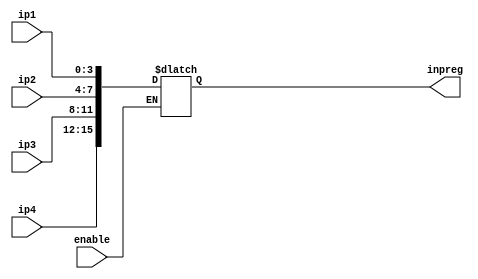
module User_Input(
    output reg [15:0] inpreg,
    input enable,
    input [3:0] ip1,
    input [3:0] ip2,
    input [3:0] ip3,
    input [3:0] ip4
    );
    
    always@(*)
    begin
        if(enable == 0)
        begin
            inpreg[15:12] <= ip4;
            inpreg[11:8]  <= ip3;
            inpreg[7:4]   <= ip2;
            inpreg[3:0]   <= ip1;
        end
        
        else
            inpreg <= inpreg;
    end
endmodule